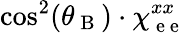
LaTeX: \cos^{2}(\theta_{\mathrm{~B~}})\cdot\chi_{\mathrm{~e~e~}}^{xx}